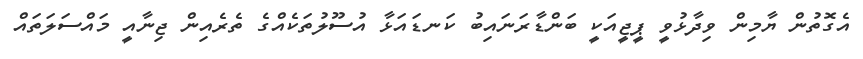
އެގޮތުން ޔާމިން ވިދާޅުވީ ޕީޖީއަކީ ބަންޑާރަނައިބު ކަނޑައަޅާ އުސޫލުތަކެއްގެ ތެރެއިން ޖިނާއީ މައްސަލަތައް